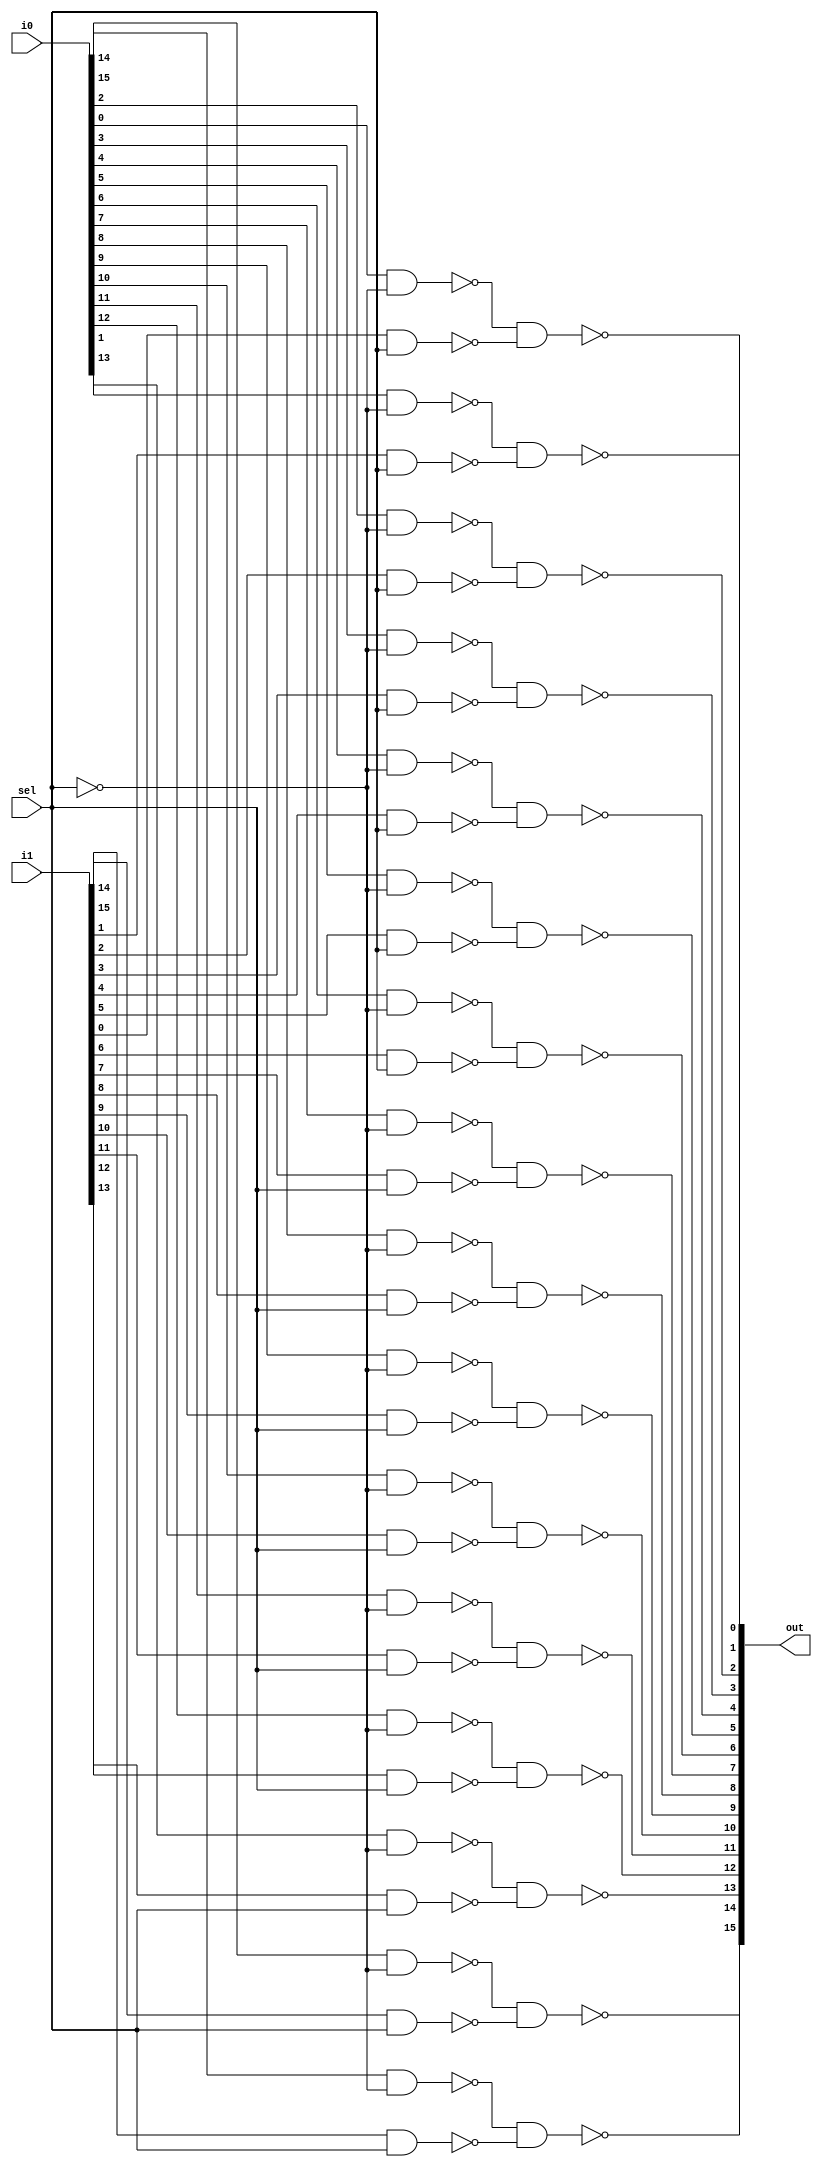



`timescale 1ns / 1ps
//////////////////////////////////////////////////////////////////////////////////
// 
// 
// Create Date:    
// Design Name:    
// Module Name:     
// Project Name: 
// Target Devices: 
// Tool versions: 
// Description: 
//
// Dependencies: 
//
// Revision: 
// Revision 0.01 - File Created
// Additional Comments: 
//
//////////////////////////////////////////////////////////////////////////////////
module Mux2x1_16(i1,i0,sel,out);
	input [15:0]i1;
	input [15:0]i0;
	input sel;
	//input clk;
	output [15:0]out;

	wire [15:0]w1;
	wire [15:0]w2;

	
	generate
		genvar i;
		for(i=0;i<16;i=i+1)
		begin
		nand(w1[i],i0[i],~sel);
		nand(w2[i],i1[i],sel);
		nand(out[i],w1[i],w2[i]);
		end
	endgenerate
	//always @ (posedge clk)
	//begin
	//assign	out = w1 | w2;
	//end
endmodule